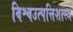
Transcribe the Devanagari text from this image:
विश्वउत्पत्तिशास्त्र